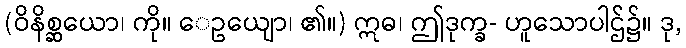
(ဝိနိစ္ဆယော၊ ကို။ ေဥယျော၊ ၏။) ဣဓ၊ ဤဒုက္ခ- ဟူသောပါဌ်၌။ ဒု,